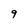
Character: 9